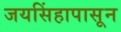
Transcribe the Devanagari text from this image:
जयसिंहापासून